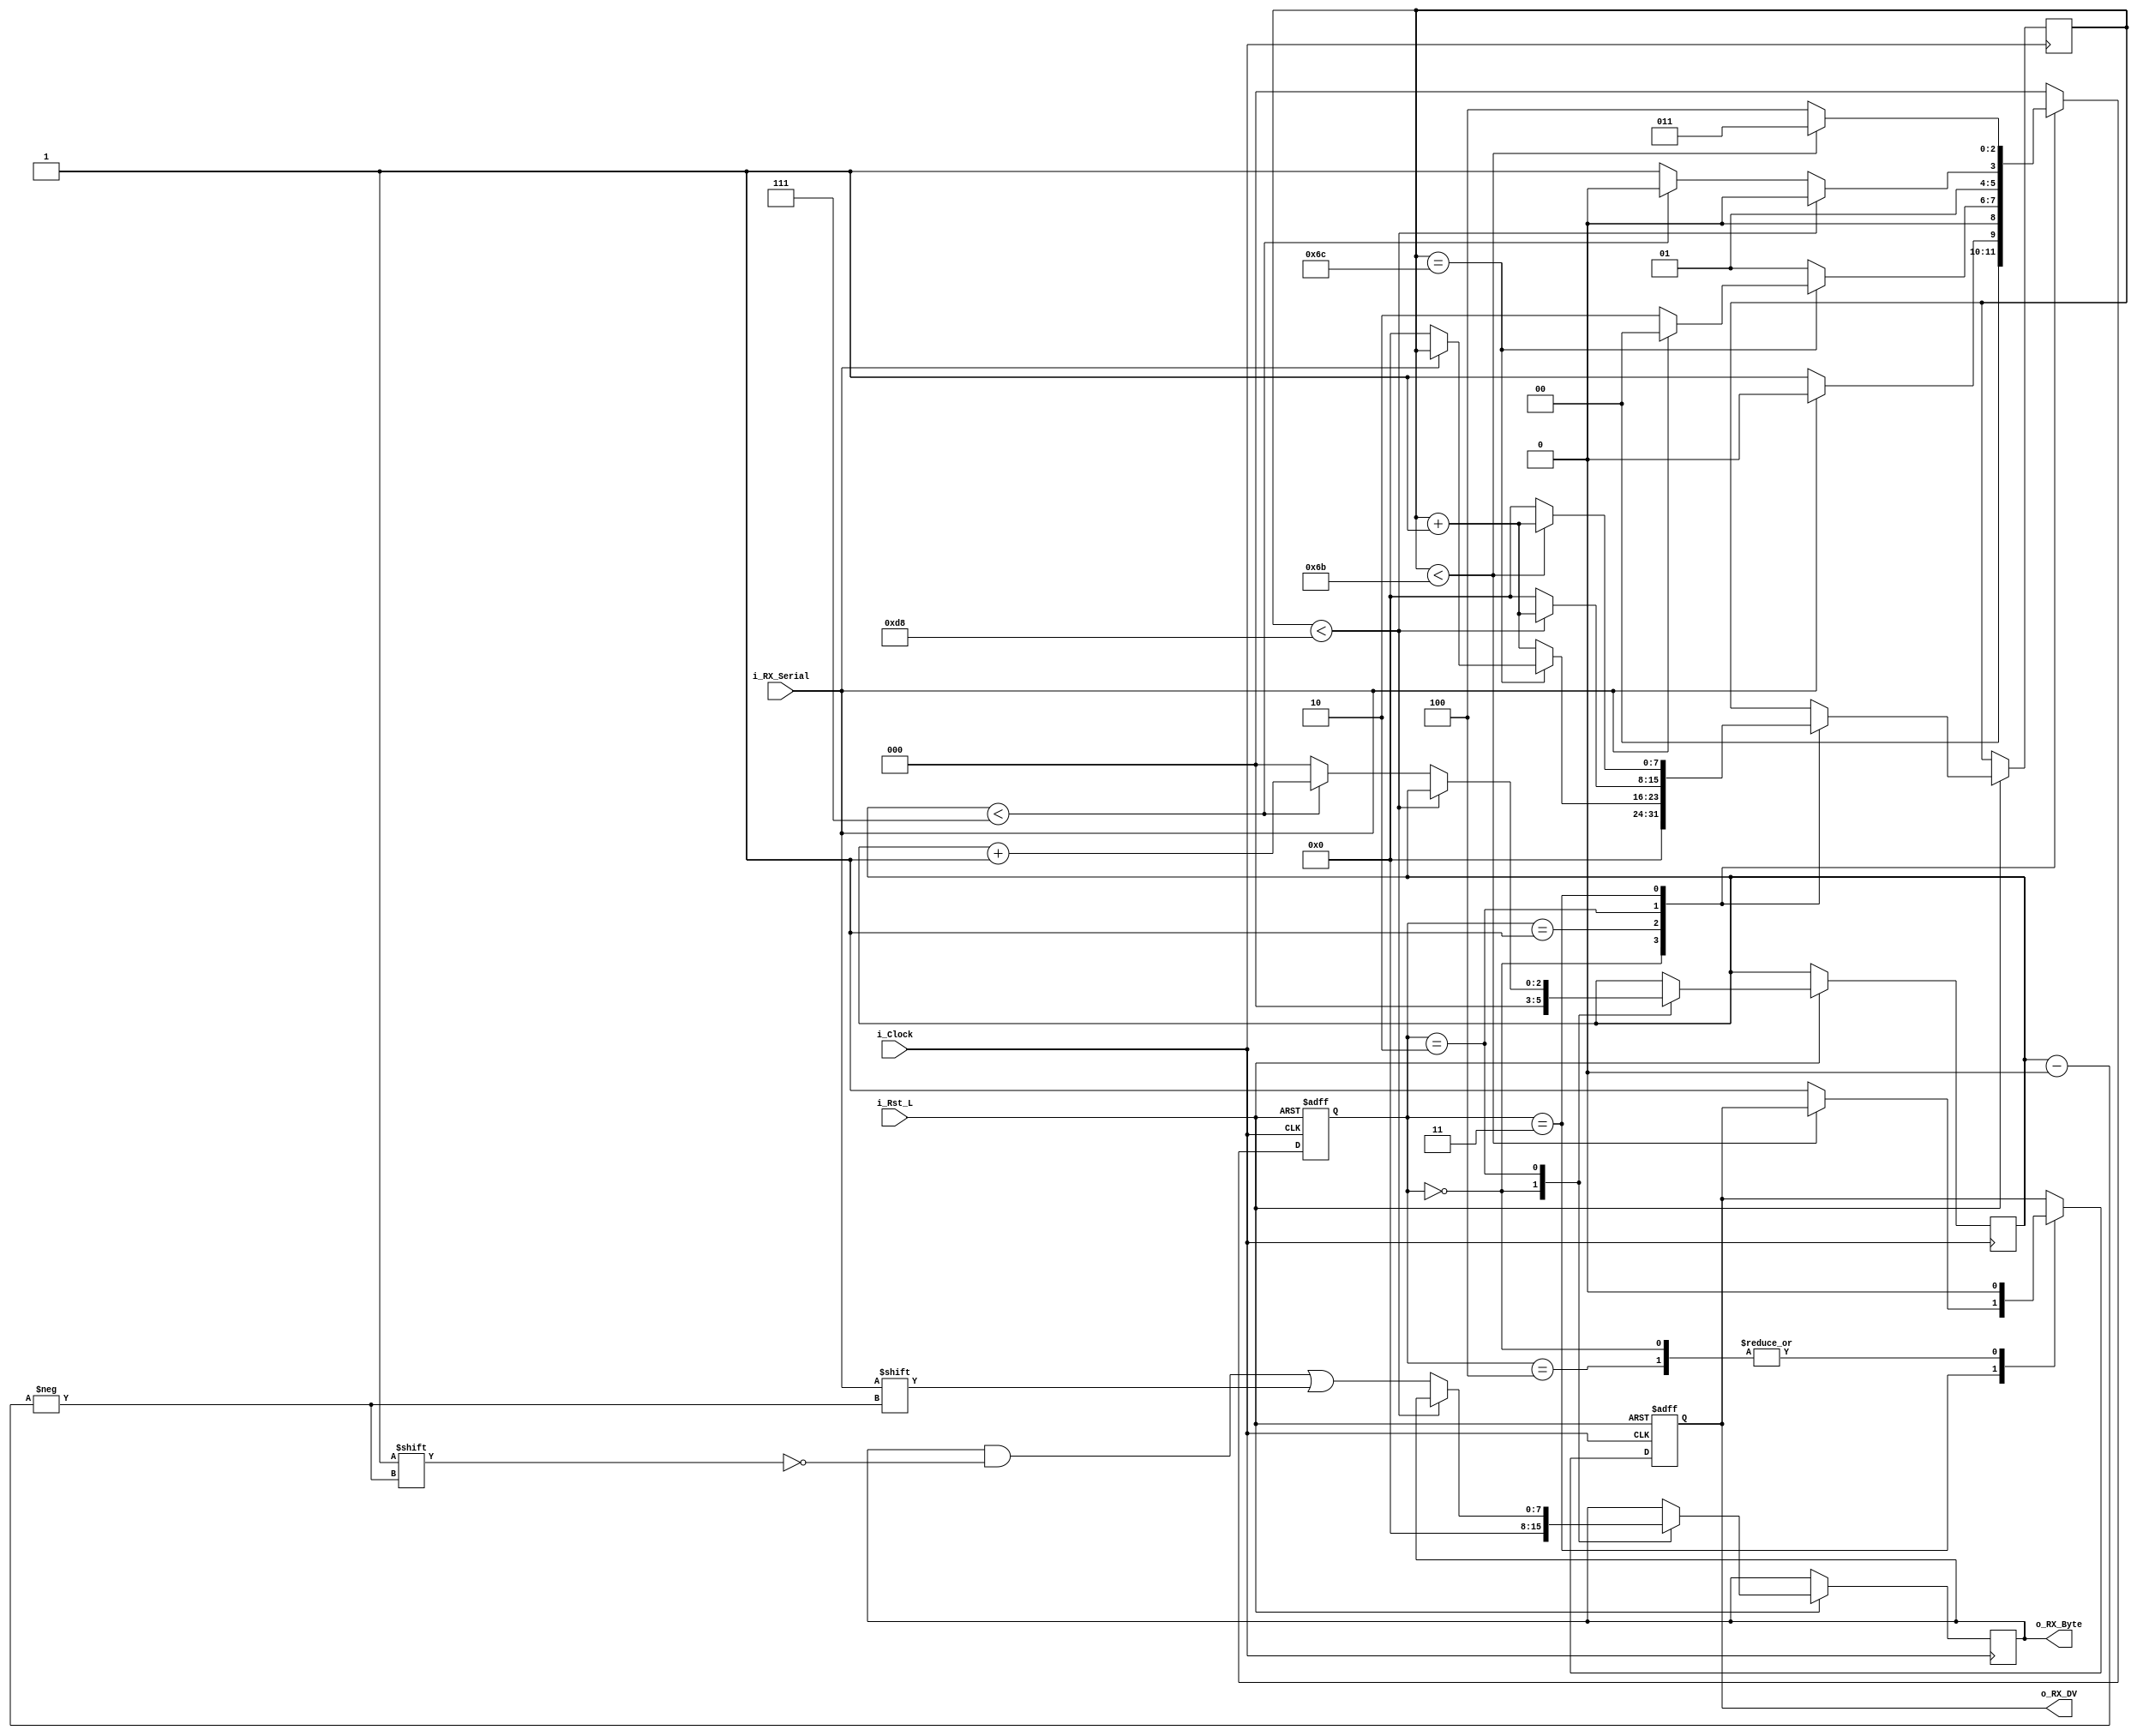
//////////////////////////////////////////////////////////////////////
// Git:         https://github.com/nandland/nandland
// License:     not found
//////////////////////////////////////////////////////////////////////
// Description: This file contains the UART Receiver.  This receiver is 
//              able to receive 8 bits of serial data, one start bit, one 
//              stop bit, and no parity bit.  When receive is complete 
//              o_RX_DV will be driven high for one clock cycle.
// 
// Parameters:  Set Parameter CLKS_PER_BIT as follows:
//              CLKS_PER_BIT = (Frequency of i_Clock)/(Frequency of UART)
//              Example: 25 MHz Clock, 115200 baud UART
//              (25000000)/(115200) = 217
//////////////////////////////////////////////////////////////////////////////

module UART_RX
  #(parameter CLKS_PER_BIT = 217)
  (
   input            i_Rst_L,
   input            i_Clock,
   input            i_RX_Serial,
   output reg       o_RX_DV,
   output reg [7:0] o_RX_Byte
   );
   
  localparam RX_IDLE      = 3'b000;
  localparam RX_START_BIT = 3'b001;
  localparam RX_DATA_BITS = 3'b010;
  localparam RX_STOP_BIT  = 3'b011;
  localparam RX_CLEANUP   = 3'b100;
  
  reg [$clog2(CLKS_PER_BIT)-1:0] r_Clock_Count;
  reg [2:0] r_Bit_Index; //8 bits total
  reg [2:0] r_SM_Main = RX_IDLE;
  
  
  // Purpose: Control RX state machine
  always @(posedge i_Clock or negedge i_Rst_L)
  begin
    if (~i_Rst_L)
    begin
      r_SM_Main <= 3'b000;
      o_RX_DV   <= 1'b0;
    end
    else
    begin
      case (r_SM_Main)
      RX_IDLE :
        begin
          o_RX_DV       <= 1'b0;
			 o_RX_Byte     <= 8'b0;
          r_Clock_Count <= 0;
          r_Bit_Index   <= 0;
          
          if (i_RX_Serial == 1'b0)          // Start bit detected
            r_SM_Main <= RX_START_BIT;
          else
            r_SM_Main <= RX_IDLE;
        end
      
      // Check middle of start bit to make sure it's still low
      RX_START_BIT :
        begin
          if (r_Clock_Count == (CLKS_PER_BIT-1)/2)
          begin
            if (i_RX_Serial == 1'b0)
            begin
              r_Clock_Count <= 0;  // reset counter, found the middle
              r_SM_Main     <= RX_DATA_BITS;
            end
            else
              r_SM_Main <= RX_IDLE;
          end
          else
          begin
            r_Clock_Count <= r_Clock_Count + 1;
            r_SM_Main     <= RX_START_BIT;
          end
        end // case: RX_START_BIT
      
      
      // Wait CLKS_PER_BIT-1 clock cycles to sample serial data
      RX_DATA_BITS :
        begin
          if (r_Clock_Count < CLKS_PER_BIT-1)
          begin
            r_Clock_Count <= r_Clock_Count + 1;
            r_SM_Main     <= RX_DATA_BITS;
          end
          else
          begin
            r_Clock_Count          <= 0;
            o_RX_Byte[r_Bit_Index] <= i_RX_Serial;
            
            // Check if we have received all bits
            if (r_Bit_Index < 7)
            begin
              r_Bit_Index <= r_Bit_Index + 1;
              r_SM_Main   <= RX_DATA_BITS;
            end
            else
            begin
              r_Bit_Index <= 0;
              r_SM_Main   <= RX_STOP_BIT;
            end
          end
        end // case: RX_DATA_BITS
      
      
      // Receive Stop bit.  Stop bit = 1
      RX_STOP_BIT :
        begin
          // Wait CLKS_PER_BIT/2-1 clock cycles for Stop bit to finish
          if (r_Clock_Count < CLKS_PER_BIT/2-1)
          begin
            r_Clock_Count <= r_Clock_Count + 1;
            r_SM_Main     <= RX_STOP_BIT;
          end
          else
          begin
            o_RX_DV       <= 1'b1;
            r_Clock_Count <= 0;
            r_SM_Main     <= RX_CLEANUP;
          end
        end // case: RX_STOP_BIT
      
      
      // Stay here 1 clock
      RX_CLEANUP :
        begin
          r_SM_Main <= RX_IDLE;
          o_RX_DV   <= 1'b0;
        end
      
      
      default :
        r_SM_Main <= RX_IDLE;
      
    endcase
    end // else: !if(~i_Rst_L)
  end // always @ (posedge i_Clock or negedge i_Rst_L)
  
endmodule // UART_RX



//////////////////////////////////////////////////////////////////////
// Git:         https://github.com/nandland/nandland
// License:     not found
//////////////////////////////////////////////////////////////////////
// This file contains the UART Transmitter.  This transmitter is able
// to transmit 8 bits of serial data, one start bit, one stop bit,
// and no parity bit.  When transmit is complete o_Tx_done will be
// driven high for one clock cycle.
//
// Set Parameter CLKS_PER_BIT as follows:
// CLKS_PER_BIT = (Frequency of i_Clock)/(Frequency of UART)
// Example: 25 MHz Clock, 115200 baud UART
// (25000000)/(115200) = 217
 
module UART_TX 
  #(parameter CLKS_PER_BIT = 217)
  (
   input       i_Rst_L,
   input       i_Clock,
   input       i_TX_DV,
   input [7:0] i_TX_Byte, 
   output reg  o_TX_Active,
   output reg  o_TX_Serial,
   output reg  o_TX_Done
   );
 
  localparam TX_IDLE      = 3'b000;
  localparam TX_START_BIT = 3'b001;
  localparam TX_DATA_BITS = 3'b010;
  localparam TX_STOP_BIT  = 3'b011;
  localparam TX_CLEANUP   = 3'b100;
  
  reg [2:0] t_SM_Main = TX_IDLE;
  reg [$clog2(CLKS_PER_BIT):0] t_Clock_Count;
  reg [2:0] t_Bit_Index;
  reg [7:0] t_TX_Data;


  // Purpose: Control TX state machine
  always @(posedge i_Clock or negedge i_Rst_L)
  begin
    if (~i_Rst_L)
    begin
      t_SM_Main <= 3'b000;
      o_TX_Done <= 1'b0;
    end
    else
    begin
      case (t_SM_Main)
      TX_IDLE :
        begin
          o_TX_Serial   <= 1'b1;         // Drive Line High for Idle
          o_TX_Done     <= 1'b0;
          t_Clock_Count <= 0;
          t_Bit_Index   <= 0;
			 o_TX_Active   <= 1'b0;
          
          if (i_TX_DV == 1'b1)
          begin
            o_TX_Active <= 1'b1;
            t_TX_Data   <= i_TX_Byte;
            t_SM_Main   <= TX_START_BIT;
          end
          else
            t_SM_Main <= TX_IDLE;
        end // case: IDLE
      
      
      // Send out Start Bit. Start bit = 0
      TX_START_BIT :
        begin
          o_TX_Serial <= 1'b0;
          
          // Wait CLKS_PER_BIT-1 clock cycles for start bit to finish
          if (t_Clock_Count < CLKS_PER_BIT-1)
          begin
            t_Clock_Count <= t_Clock_Count + 1;
            t_SM_Main     <= TX_START_BIT;
          end
          else
          begin
            t_Clock_Count <= 0;
            t_SM_Main     <= TX_DATA_BITS;
          end
        end // case: TX_START_BIT
      
      
      // Wait CLKS_PER_BIT-1 clock cycles for data bits to finish         
      TX_DATA_BITS :
        begin
          o_TX_Serial <= t_TX_Data[t_Bit_Index];
          
          if (t_Clock_Count < CLKS_PER_BIT-1)
          begin
            t_Clock_Count <= t_Clock_Count + 1;
            t_SM_Main     <= TX_DATA_BITS;
          end
          else
          begin
            t_Clock_Count <= 0;
            
            // Check if we have sent out all bits
            if (t_Bit_Index < 7)
            begin
              t_Bit_Index <= t_Bit_Index + 1;
              t_SM_Main   <= TX_DATA_BITS;
            end
            else
            begin
              t_Bit_Index <= 0;
              t_SM_Main   <= TX_STOP_BIT;
            end
          end 
        end // case: TX_DATA_BITS
      
      
      // Send out Stop bit.  Stop bit = 1
      TX_STOP_BIT :
        begin
          o_TX_Serial <= 1'b1;
          
          // Wait CLKS_PER_BIT-1 clock cycles for Stop bit to finish
          if (t_Clock_Count < CLKS_PER_BIT-1)
          begin
            t_Clock_Count <= t_Clock_Count + 1;
            t_SM_Main     <= TX_STOP_BIT;
          end
          else
          begin
            o_TX_Done     <= 1'b1;
            t_Clock_Count <= 0;
            t_SM_Main     <= TX_CLEANUP;
            o_TX_Active   <= 1'b0;
          end 
        end // case: TX_STOP_BIT
      
      
      // Stay here 1 clock
      TX_CLEANUP :
        begin
          o_TX_Done <= 1'b1;
          t_SM_Main <= TX_IDLE;
        end
      
      
      default :
        t_SM_Main <= TX_IDLE;
      
    endcase
    end // else: !if(~i_Rst_L)
  end // always @ (posedge i_Clock or negedge i_Rst_L)

  
endmodule